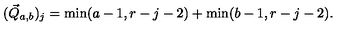
( \vec { Q } _ { a , b } ) _ { j } = \min ( a - 1 , r - j - 2 ) + \min ( b - 1 , r - j - 2 ) .